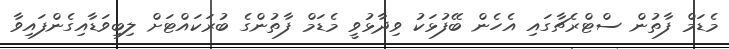
މެޑަމް ފާތުން ސްޓްރެޗާގައި އެހެން ބޭފުޅަކު ވިދާޅުވީ މެޑަމް ފާތުންގެ ބުރަކައްޓަށް ލިބިވަޑާއިގެންފައިވާ